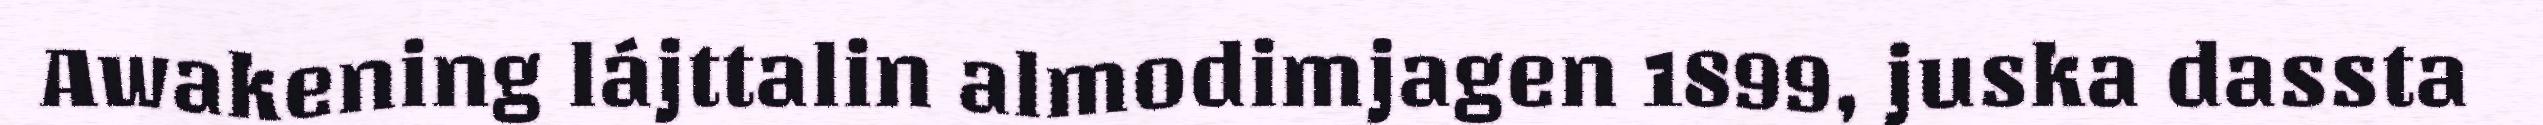
Awakening lájttalin almodimjagen 1899, juska dassta